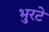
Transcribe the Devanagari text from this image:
भुरटे